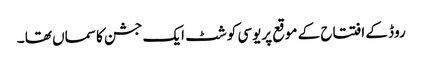
روڈ کے افتتاح کے موقع پریوسی کوشٹ ایک جشن کا سماں تھا ۔